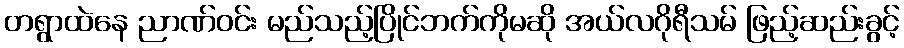
တရွာထဲနေ ညာဏ်ဝင်း မည်သည့်ပြိုင်ဘက်ကိုမဆို အယ်လဂိုရီသမ် ဖြည့်ဆည်းခွင့်